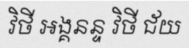
វិថី អង្គនន្ទ វិថី ជ័យ